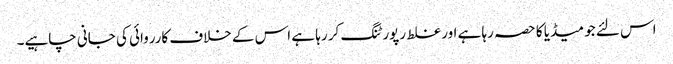
اس لئے جو میڈیا کا حصہ رہا ہے اور غلط رپورٹنگ کر رہا ہے اس کے خلاف کارروائی کی جانی چاہیے۔